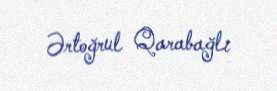
Ərtoğrul Qarabağlı